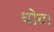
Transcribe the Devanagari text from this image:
थोटा